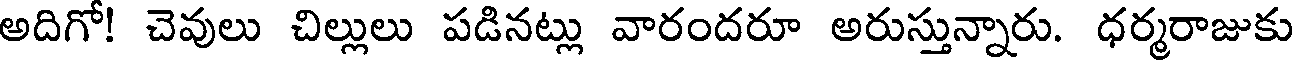
అదిగో! చెవులు చిల్లులు పడినట్లు వారందరూ అరుస్తున్నారు. ధర్మరాజుకు